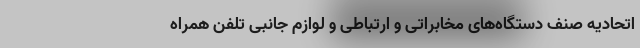
اتحادیه صنف دستگاه‌های مخابراتی و ارتباطی و لوازم جانبی تلفن همراه